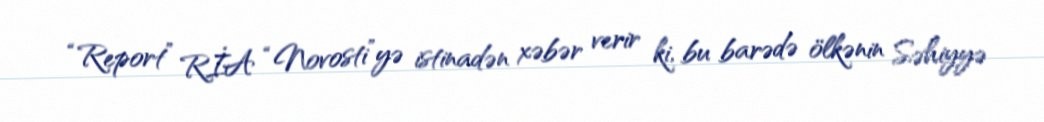
“Report” RİA “Novosti”yə istinadən xəbər verir ki, bu barədə ölkənin Səhiyyə